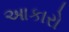
આકારો